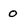
Character: O